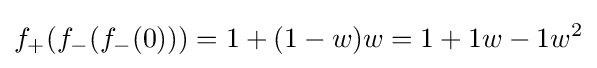
f_{+}(f_{-}(f_{-}(0)))=1+(1-w)w=1+1w-1w^{2}